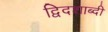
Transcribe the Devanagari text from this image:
द्विदशाब्दी